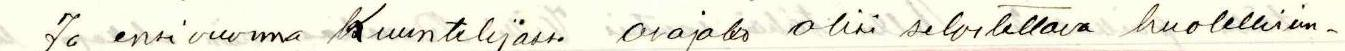
Ja ensi vuonna Kuuntelijassa osajako olisi selvitettävä huolellisim-